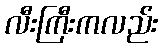
လီးကြီးကလည်း